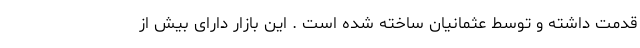
قدمت داشته و توسط عثمانیان ساخته شده است . این بازار دارای بیش از